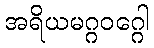
အရိယမဂ္ဂဝဂ္ဂေါ